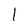
Character: l